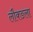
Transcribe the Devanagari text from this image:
लौक्ङला